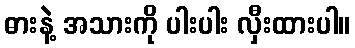
ဓားနဲ့ အသားကို ပါးပါး လှီးထားပါ။